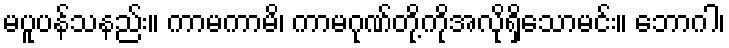
မပူပန်သနည်း။ ကာမကာမိ၊ ကာမဂုဏ်တို့ကိုအလိုရှိသောမင်း။ ဘောဂါ၊